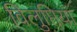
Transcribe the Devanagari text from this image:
विलुप्तियां